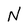
Character: N